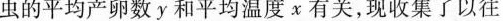
虫的平均产卵数y和平均温度χ有关，现收集了以往